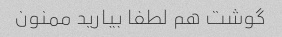
گوشت هم لطفا بیارید ممنون